Lunatic asylums Punjab 1868-1880 - 1868-1880
Year: 1868
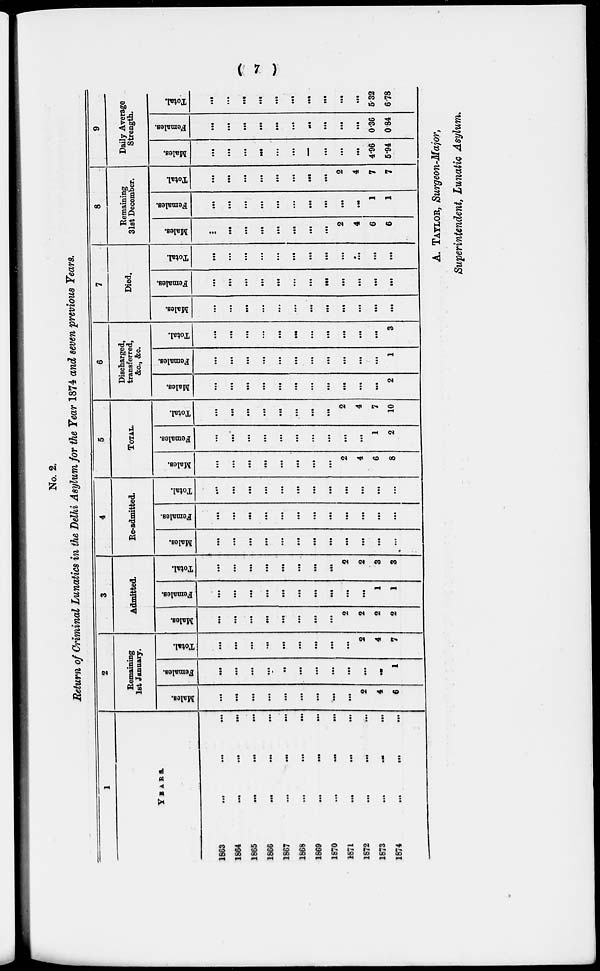
( 7 )
No. 2
Return of Criminal Lunatics in the Delhi Asylum for the Year 1874 and seven previous Years.
1
YEARS.
1863 ... ... ...
1864 ... ... ...
1865
...
...
...
1866
...
...
...
1867
...
...
...
1868 ... ... ...
1869
...
...
...
1870 ... ... ...
1871 ... ... ...
1872
...
...
...
1873 ... ... ...
1874 ... ... ...
2
Remaining
1st January.
Males.
...
...
...
...
...
...
...
...
...
2
4
6
Females.
...
...
...
...
...
...
...
...
...
...
...
1
Total.
..
...
...
...
...
...
...
...
...
2
4
7
3
Admitted.
Males.
...
...
...
...
...
...
...
...
2
2
2
2
Females.
...
...
...
...
...
...
...
...
...
...
1
1
Total.
...
...
...
...
...
...
...
...
2
2
3
3
4
Re-admitted.
Males.
...
...
...
...
...
...
...
...
...
...
...
...
Females.
...
...
...
...
...
...
...
...
...
...
...
...
Total.
...
...
...
...
...
...
...
...
...
...
...
...
5
TOTAL.
Males.
...
...
...
...
...
...
...
...
2
4
6
8
Females.
...
...
...
...
...
...
...
...
...
...
1
2
Total.
...
...
...
...
...
...
...
...
2
4
7
10
6
Discharged,
transferred,
&c., &c.
Males.
...
...
...
...
...
...
...
...
...
...
...
2
Females.
...
...
...
...
...
...
...
...
...
...
...
1
Total.
...
...
...
...
...
...
...
...
...
...
...
3
7
Died.
Males.
...
...
...
...
...
...
...
...
...
...
...
...
Females.
...
...
...
...
...
...
...
...
...
...
...
...
Total.
...
...
...
...
...
...
...
...
...
...
...
...
8
Remaining
31st December.
Males.
...
...
...
...
...
...
...
...
2
4
6
6
Females.
...
...
...
...
...
...
...
...
...
...
1
1
Total.
...
...
...
...
...
...
...
...
2
4
7
7
9
Daily Average
Strength.
Males.
...
...
...
...
...
...
...
...
...
...
4.96
5.94
Females.
...
...
...
...
...
...
...
...
...
...
0.36
0.84
Total.
...
...
...
...
...
...
...
...
...
...
5.32
6.78
A. TAYLOR, Surgeon-Major,
Superintendent, Lunatic Asylum.